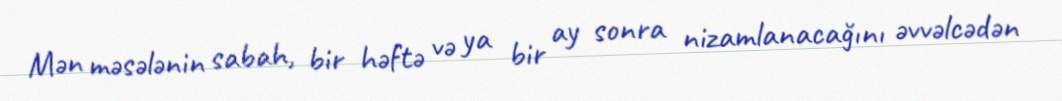
Mən məsələnin sabah, bir həftə və ya bir ay sonra nizamlanacağını əvvəlcədən